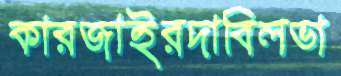
কারজাইরদাবিলভা